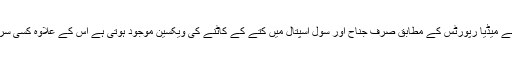
انسداد ریبیز ویکسین کی کمی کے حوالے سے میڈیا رپورٹس کے مطابق صرف جناح اور سول اسپتال میں کتے کے کاٹنے کی ویکسین موجود ہوتی ہے اس کے علاوہ کسی سرکاری اسپتال میں یہ سہولت میسر نہیں ہے۔